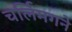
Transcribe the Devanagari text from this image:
चर्लिमगने